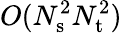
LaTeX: O(N_{\mathrm{s}}^{2}N_{\mathrm{t}}^{2})